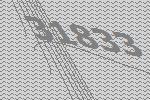
31833